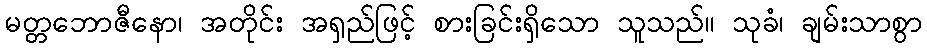
မတ္တဘောဇီနော၊ အတိုင်း အရှည်ဖြင့် စားခြင်းရှိသော သူသည်။ သုခံ၊ ချမ်းသာစွာ